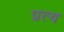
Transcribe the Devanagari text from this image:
प्रत्य